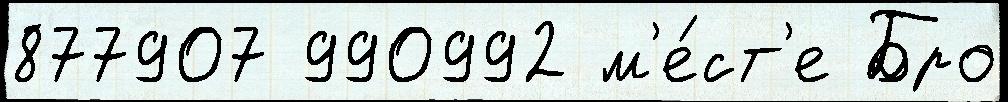
877907 990992 м'е́ст'е Бро